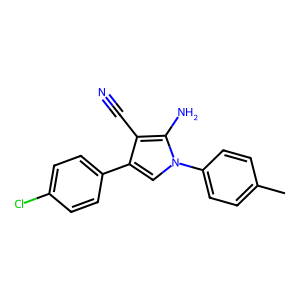
SMILES: Cc1ccc(-n2cc(-c3ccc(Cl)cc3)c(C#N)c2N)cc1
Inhibits HIV replication: No